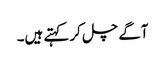
آگے چل کر کہتے ہیں۔